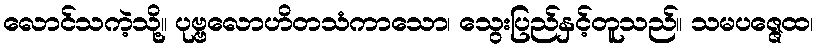
လောင်သကဲ့သို့။ ပုဗ္ဗလောဟိတသံကာသော၊ သွေးပြည်နှင့်တူသည်။ သမပဇ္ဇေထ၊